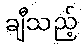
ချီသည့်